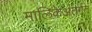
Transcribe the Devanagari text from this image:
मालिकेअंतर्गत